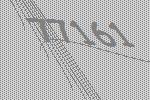
77161